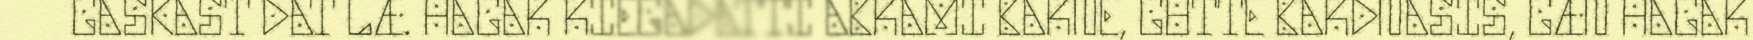
GASKAST DAT LÆ. HAGAR RIEGADATTI ABRAMI BARNE, GUTTE BARDNASIS, GÆN HAGAR